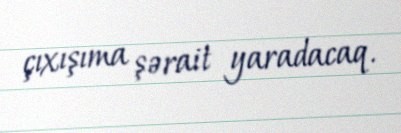
çıxışıma şərait yaradacaq.